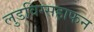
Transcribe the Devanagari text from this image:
लुडविग्सहाफन